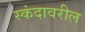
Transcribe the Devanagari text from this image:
स्कंदावरील